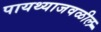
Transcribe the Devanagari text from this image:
पायथ्याजवळील